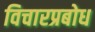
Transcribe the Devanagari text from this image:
विचारप्रबोध